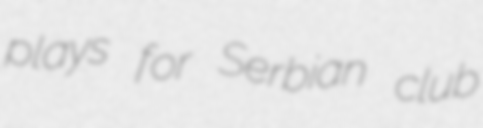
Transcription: plays for Serbian club